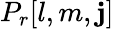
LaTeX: P_{r}[l,m,\mathbf{j}]